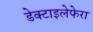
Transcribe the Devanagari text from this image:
डेक्टाइलेफेरा